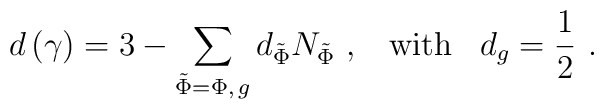
d\left( \gamma \right) =3-\sum\limits_{\tilde{\Phi}=\Phi ,\,g}d_{\tilde{\Phi}}N_{\tilde{\Phi}}\,\,,\,\,\,\,\,\mbox{with}\,\,\,\,\,d_g=\frac 12\,\,.